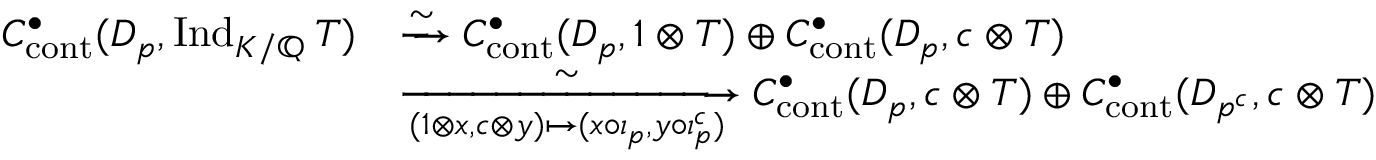
\begin{array} { r l } { C _ { \mathrm { c o n t } } ^ { \bullet } ( D _ { p } , \mathrm { I n d } _ { K / \mathbb { Q } } \, T ) } & { \xrightarrow { \sim } C _ { \mathrm { c o n t } } ^ { \bullet } ( D _ { p } , 1 \otimes T ) \oplus C _ { \mathrm { c o n t } } ^ { \bullet } ( D _ { p } , c \otimes T ) } \\ & { \xrightarrow [ { ( 1 \otimes x , c \otimes y ) \mapsto ( x \circ \iota _ { p } , y \circ \iota _ { p } ^ { c } ) } ] { \sim } C _ { \mathrm { c o n t } } ^ { \bullet } ( D _ { \mathfrak { p } } , c \otimes T ) \oplus C _ { \mathrm { c o n t } } ^ { \bullet } ( D _ { \mathfrak { p } ^ { c } } , c \otimes T ) } \end{array}